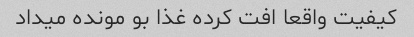
کیفیت واقعا افت کرده غذا بو مونده میداد